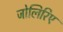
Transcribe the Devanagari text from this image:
जोलिरिए